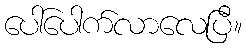
ပေါ်ပေါက်လာလေပြီ။